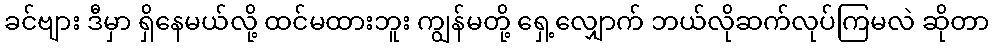
ခင်ဗျား ဒီမှာ ရှိနေမယ်လို့ ထင်မထားဘူး ကျွန်မတို့ ရှေ့လျှောက် ဘယ်လိုဆက်လုပ်ကြမလဲ ဆိုတာ